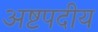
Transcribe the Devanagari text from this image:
अष्टपदीय